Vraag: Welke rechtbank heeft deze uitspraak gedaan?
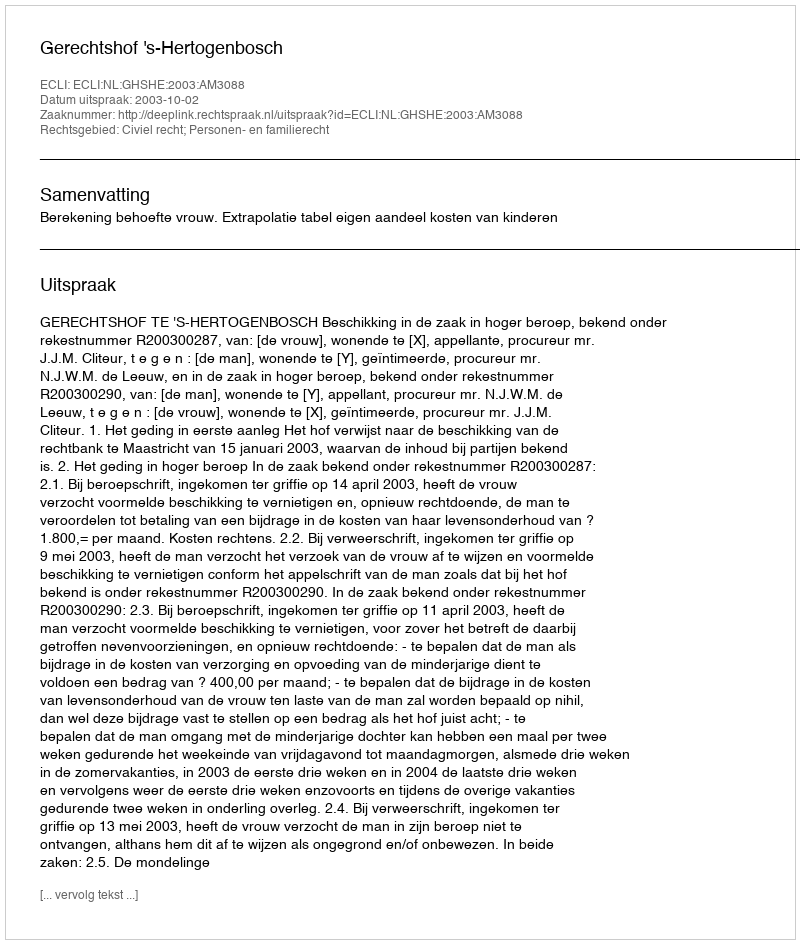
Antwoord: Gerechtshof 's-Hertogenbosch